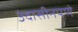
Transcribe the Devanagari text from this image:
उदासीनपणे